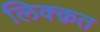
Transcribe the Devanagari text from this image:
लिक्क़त